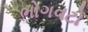
ભોગવટો